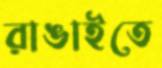
রাঙাইতে